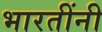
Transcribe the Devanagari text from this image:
भारतींनी